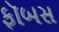
ફૉબસ